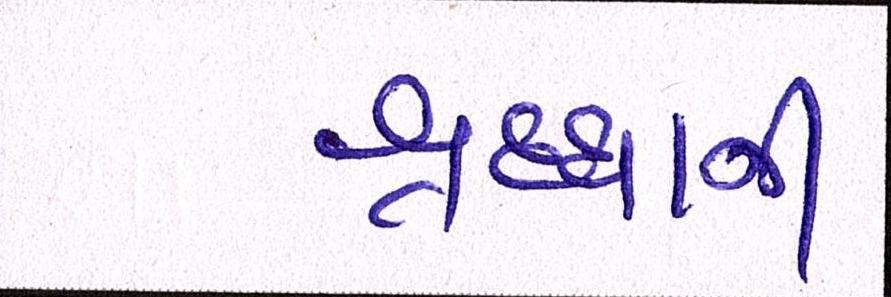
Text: શ્રદ્ધાની